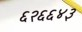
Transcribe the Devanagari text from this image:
६२६६४३